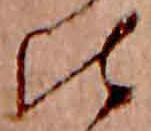
比